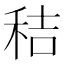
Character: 秸